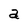
Character: a